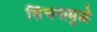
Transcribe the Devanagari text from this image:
सिंचनामुळे